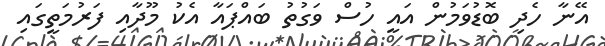
އޭނާ ހެދި ބޮޑުވަމުން އައީ ހުސް ވަގުތު ބައްޕައާ އެކު މޫދާއި ފަރުމަތީގައި